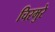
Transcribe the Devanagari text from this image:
चिरमुरे